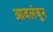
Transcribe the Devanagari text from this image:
आवलंबून